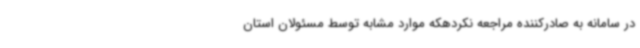
در سامانه به صادرکننده مراجعه نکردهکه موارد مشابه توسط مسئولان استان